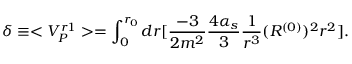
\delta \equiv < V _ { P } ^ { r 1 } > = \int _ { 0 } ^ { r _ { 0 } } d r [ { \frac { - 3 } { 2 m ^ { 2 } } } { \frac { 4 \alpha _ { s } } { 3 } } { \frac { 1 } { r ^ { 3 } } } ( R ^ { ( 0 ) } ) ^ { 2 } r ^ { 2 } ] .